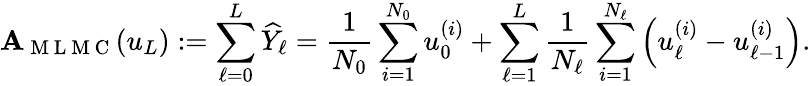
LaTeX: \mathbf{A}_{\mathrm{{~M~L~M~C~}}}(u_{L}):=\sum_{\ell=0}^{L}\widehat{{Y}}_{\ell}=\frac{{1}}{{N_{0}}}\sum_{i=1}^{N_{0}}u_{0}^{(i)}+\sum_{\ell=1}^{L}\frac{{1}}{{N_{\ell}}}\sum_{i=1}^{N_{\ell}}\left(u_{\ell}^{(i)}-u_{\ell-1}^{(i)}\right).